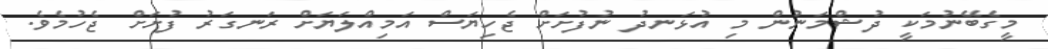
މީގެބޭނުމަކީ ދުޝްމަނުން މި އުޅަނދު ނުފުށަށް ޖެހިޔަސް އަމިއްލަޔަށް ރަނގަރު ފުށަށް ޖެހުމެވެ.